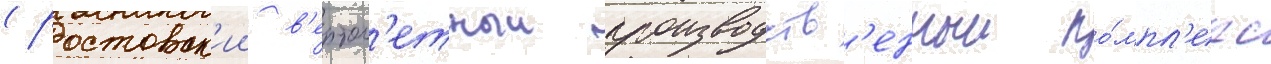
(ростовск'ии в'ертол'етныи производств'енныи ко́мпл'екс